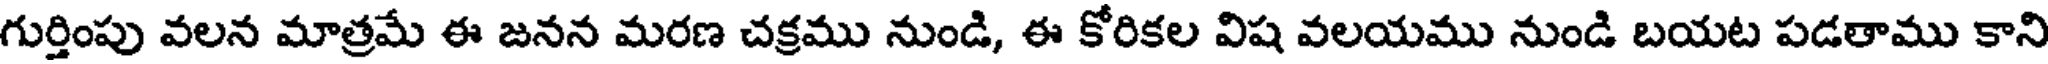
గుర్తింపు వలన మాత్రమే ఈ జనన మరణ చక్రము నుండి, ఈ కోరికల విష వలయము నుండి బయట పడతాము కాని